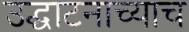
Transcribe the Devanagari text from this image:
उद्घाटनाच्याच